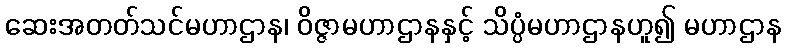
ဆေးအတတ်သင်မဟာဌာန၊ ဝိဇ္ဇာမဟာဌာနနှင့် သိပ္ပံမဟာဌာနဟူ၍ မဟာဌာန